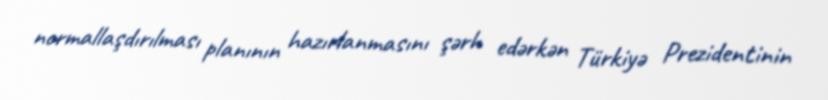
normallaşdırılması planının hazırlanmasını şərh edərkən Türkiyə Prezidentinin